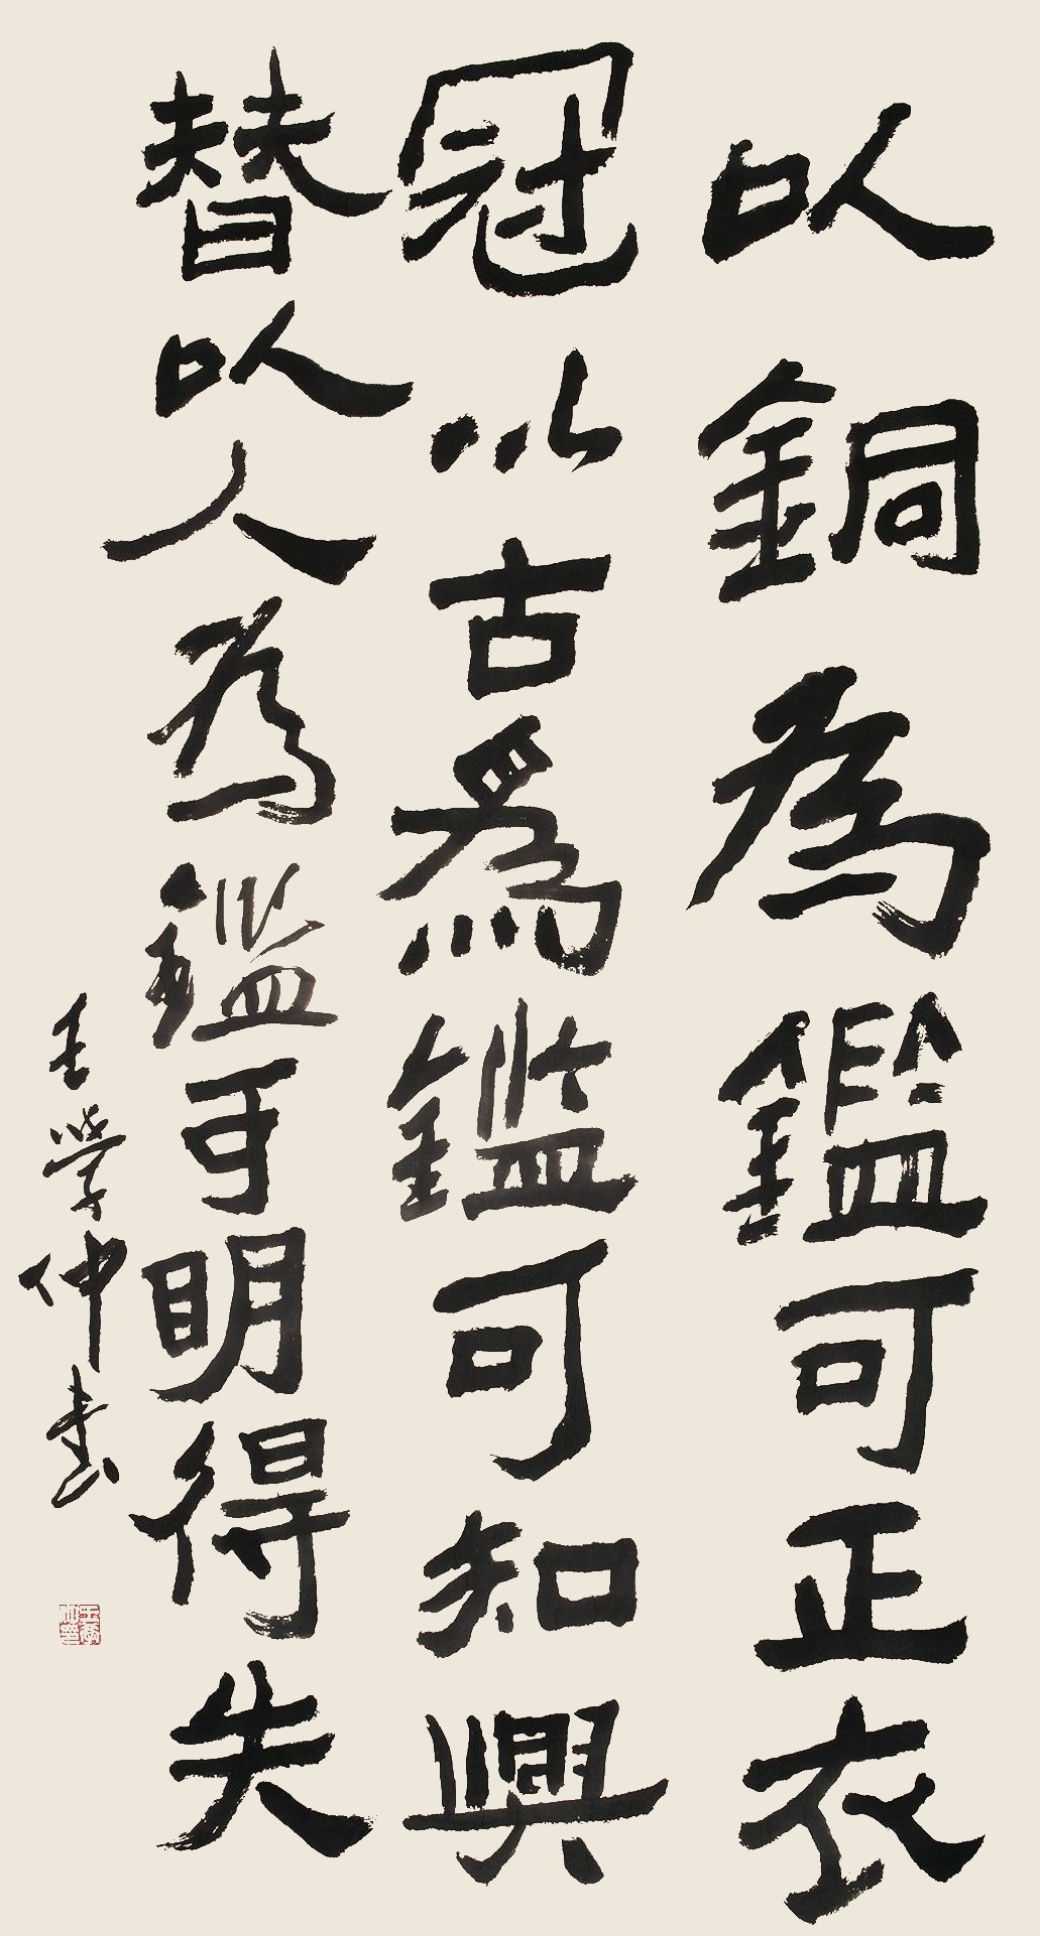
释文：以铜为鉴，可正衣冠。以古为鉴，可知兴替。以人为鉴，可明得失。王学仲书。